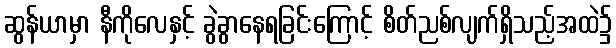
ဆွန်ယာမှာ နီကိုလေနှင့် ခွဲခွာနေရခြင်းကြောင့် စိတ်ညစ်လျက်ရှိသည့်အထဲ၌